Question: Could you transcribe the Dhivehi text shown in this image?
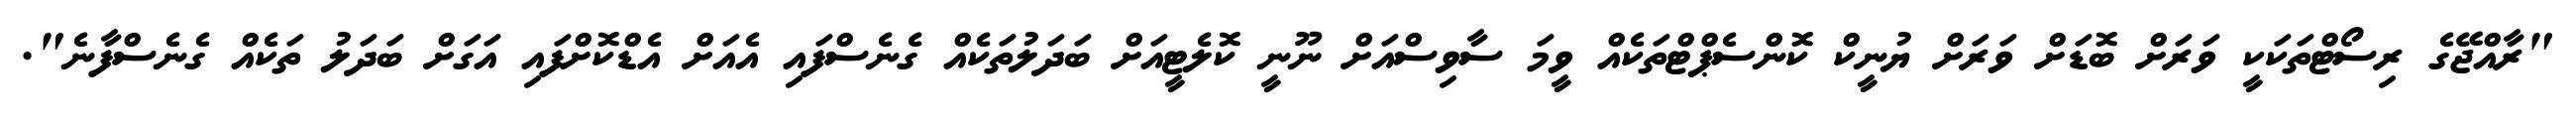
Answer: "ރާއްޖޭގެ ރިސޯޓްތަކަކީ ވަރަށް ބޮޑަށް ވަރަށް ޔުނީކް ކޮންސެޕްޓްތަކެއް ވީމަ ސާވިސްއަށް ނޫނީ ކޮލެޓީއަށް ބަދަލުތަކެއް ގެނެސްފައި އެއަށް އެޑްކޮށްފައި އަގަށް ބަދަލު ތަކެއް ގެނެސްފާނެ".